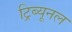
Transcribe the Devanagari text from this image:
ट्रिब्‍यूनल